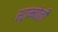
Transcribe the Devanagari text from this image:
स्ट्राम्बोली